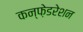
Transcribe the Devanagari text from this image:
कन्फ़ेडरेशन